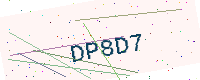
Text: DP8D7